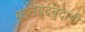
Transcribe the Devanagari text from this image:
बृहतबुदबुदांनी